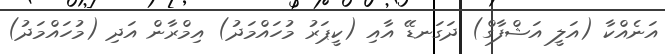
އަނެއްކާ (އަލީ އަޝްފާގް) ދަގަނޑޭ އާއި (ކީޕަރު މުހައްމަދު) އިމްރާން އަދި (މުހައްމަދު)